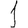
Digit: 1